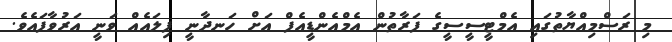
މި ރަސްމިއްޔާތުގައި އެމްޓީސީސީގެ ފަރާތުން އެމްއެންޑީއެފް އަށް ހަނދާނީ ފިލައެއް ވަނީ އަރުވާފައެވެ.